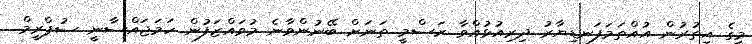
މީގެ އިތުރުން އުއްތަމަފަނޑިޔާރު ދިރިއުޅުއްވާ ރަސްމީ ތަނަށް ބޭނުންވާނެ މުވައްޒަފުން ހަމަޖައްސާނީ ސުޕްރީމް